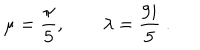
\mu = { \frac { \pi } { 5 } } , \qquad \lambda = { \frac { 9 i } { 5 } } \ .